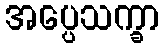
အပ္ပေသက္ခာ